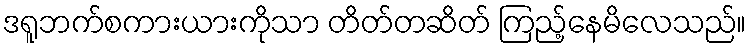
ဒရူဘက်စကားယားကိုသာ တိတ်တဆိတ် ကြည့်နေမိလေသည်။